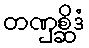
တဏှစ္ဆိဒံ